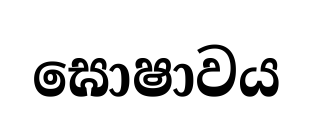
ඝොෂාවය